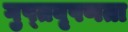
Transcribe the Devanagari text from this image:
गुप्‍तवृषणता